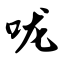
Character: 咙